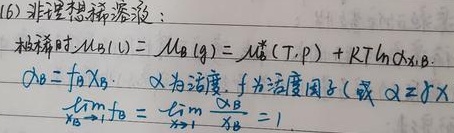
(16) 非理想稀溶液：极稀时，\(\mu_{B}(l)=\mu_{B}(g)=\mu_{B}^{*}(T,p)+RT\ln a_{B}\)，\(a_{B}=f_{B}x_{B}\)，\(a\) 为活度，\(f\) 为活度因子（或 \(a = \gamma x\)）\(\lim_{x_{B}\to 0}\frac{a_{B}}{x_{B}} = 1\) 。